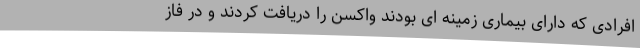
افرادی که دارای بیماری زمینه ای بودند واکسن را دریافت کردند و در فاز